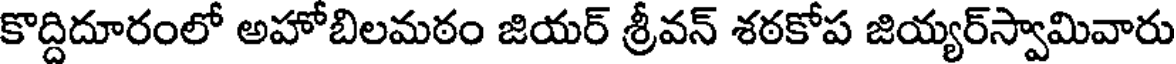
కొద్దిదూరంలో అహోబిలమఠం జియర్ శ్రీవన్ శఠకోప జియ్యర్స్వామివారు